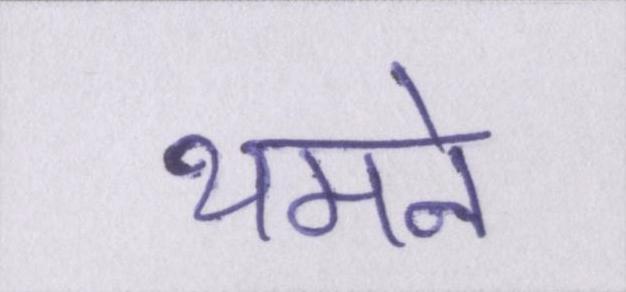
थमने